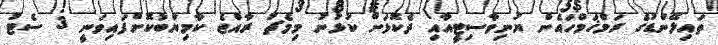
ތައިލޭންޑުގެ ރަމްޚަމްހައެން ޔުނިވާސިޓީއާއި ދެކޮޅަށް ކުޅުނު މިމެޗު ރާއްޖެ ކާމިޔާބުކޮށްފައިވަނީ 3 ސެޓު